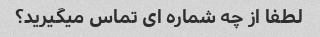
لطفا از چه شماره ای تماس میگیرید؟